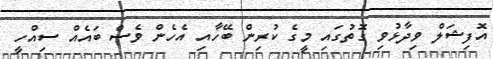
އޮފިޝަލް ވިދާޅުވި ގޮތުގައި މީގެ ކުރިން ބޭހާއި އެހެން ވެސް ބައެއް ސިއްހީ